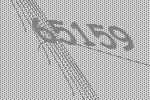
65159